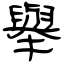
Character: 舉